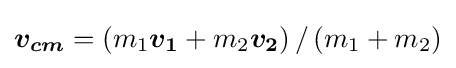
{\boldsymbol {v_{cm}}}=\left(m_{1}{\boldsymbol {v_{1}}}+m_{2}{\boldsymbol {v_{2}}}\right)/\left(m_{1}+m_{2}\right)